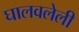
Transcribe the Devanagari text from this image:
घालवलेली